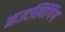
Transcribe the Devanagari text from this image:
आउटस्विंगिंग